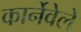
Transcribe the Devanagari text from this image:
कार्नेवेले